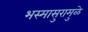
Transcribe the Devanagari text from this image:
भस्मासुरामुळे